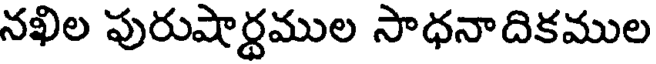
నఖిల పురుషార్థముల సాధనాదికముల